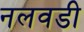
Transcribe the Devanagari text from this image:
नलवडी